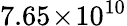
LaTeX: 7.65\! \times\! 10^{10}